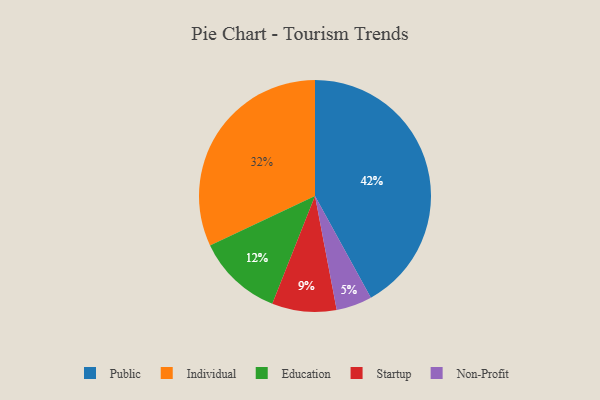
{"axis": {"x": "Category", "y": "Percentage"}, "legend": ["Education", "Individual", "Non-Profit", "Public", "Startup"], "data": [{"x": "Non-Profit", "y": 5, "type": "Non-Profit"}, {"x": "Individual", "y": 32, "type": "Individual"}, {"x": "Public", "y": 42, "type": "Public"}, {"x": "Education", "y": 12, "type": "Education"}, {"x": "Startup", "y": 9, "type": "Startup"}]}